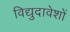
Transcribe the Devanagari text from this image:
विद्युदावेशों